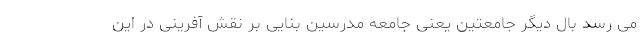
می رسد بال دیگر جامعتین یعنی جامعه مدرسین بنایی بر نقش آفرینی در این